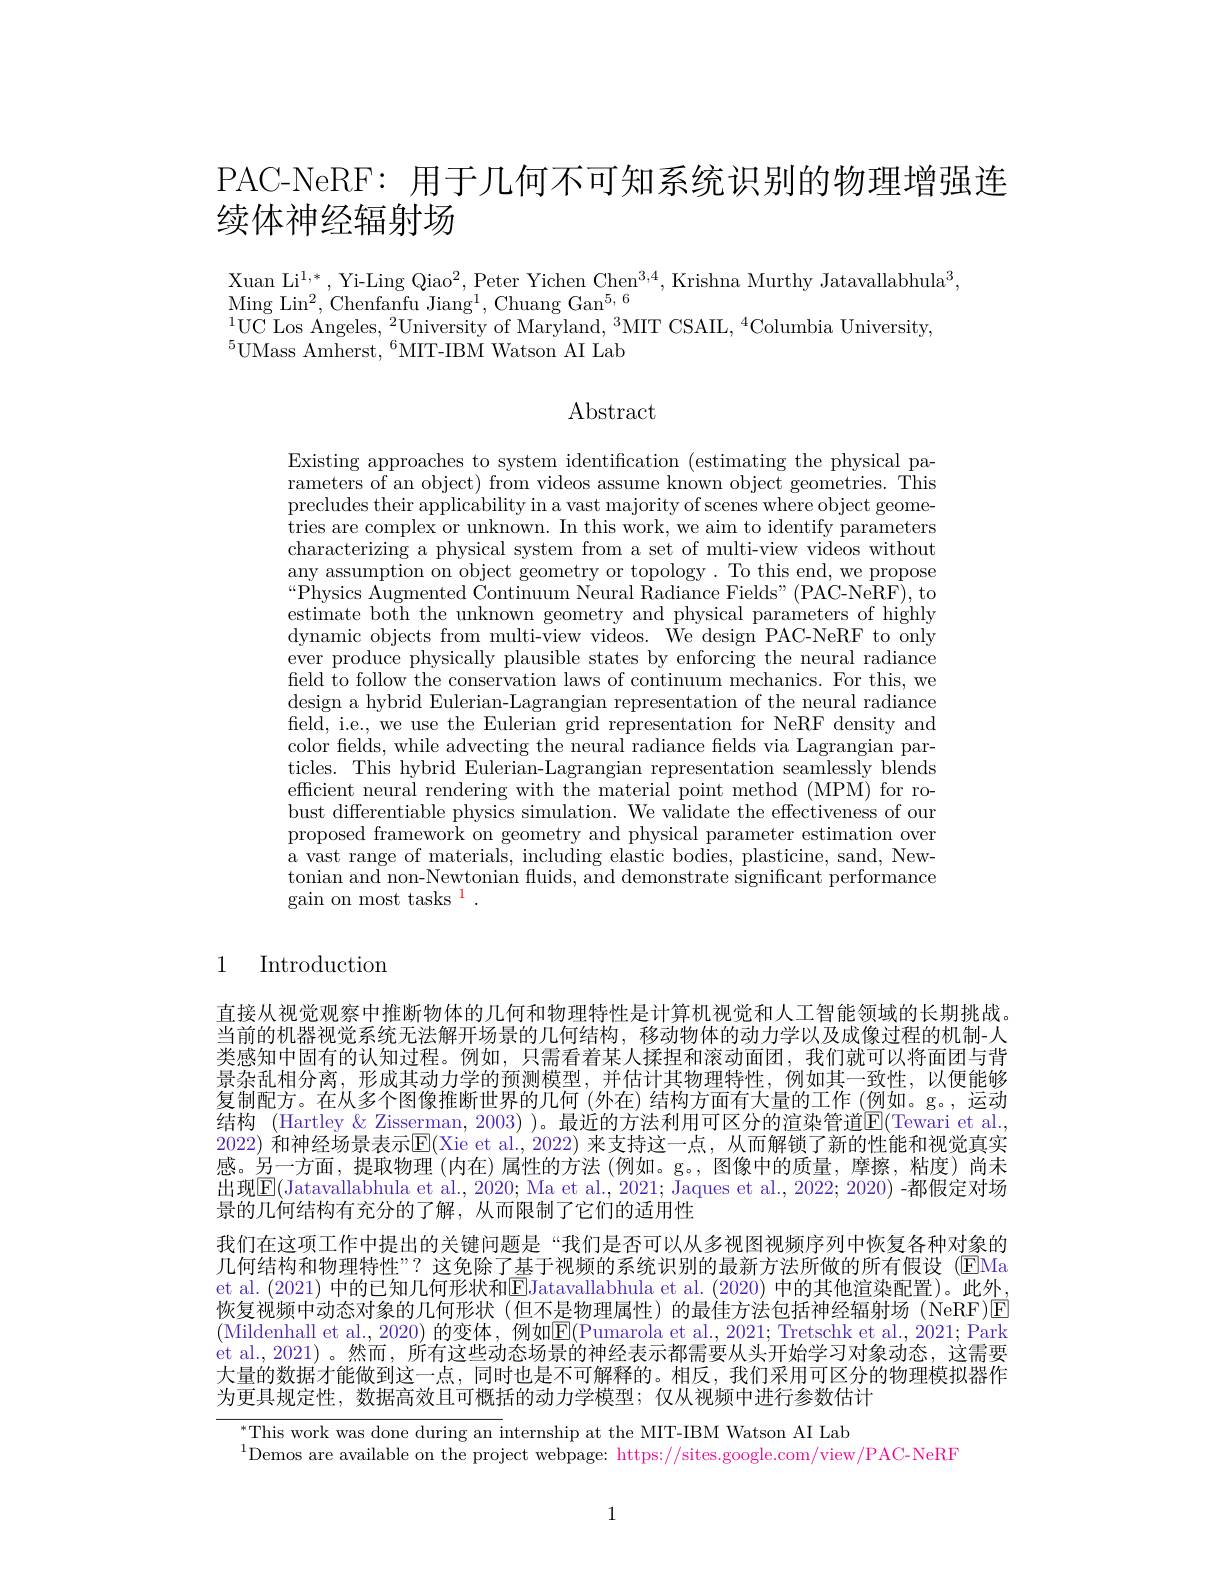
PAC-NeRF: 用于几何不可知系统识别的物理增强连
续体神经辐射场

Xuan Li$^1,*$, Yi-Ling Qiao$^2$, Peter Yichen Chen$^3,4$, Krishna Murthy Jatavallabhula$^3$,
$\operatorname{Ming}\operatorname{Lin^{2},~Chenfanfu~Jiang^{1},~Chuang~Gan^{5,6}}$
$^{1}$UC Los Angeles,$^2$University of Maryland,$^3$MIT CSAIL,$^4$Columbia University,
$^{5}$UMass Amherst,$^6$MIT-IBMWatson AI Lab

## $\operatorname{Abstract}$

Existing approaches to system identification (estimating the physical parameters of an object) from videos assume known object geometries. This precludes their applicability in a vast majority of scenes where object geometries are complex or unknown. In this work, we aim to identify parameters characterizing a physical system from a set of multi-view videos without any assumption on object geometry or topology. To this end, we propose “Physics Augmented Continuum Neural Radiance Fields"(PAC-NeRF), to estimate both the unknown geometry and physical parameters of highly dynamic objects from multi-view videos. We design PAC-NeRF to only ever produce physically plausible states by enforcing the neural radiance field to follow the conservation laws of continuum mechanics. For this, we design a hybrid Eulerian-Lagrangian representation of the neural radiance feld, i.e., we use the Eulerian grid representation for NeRF density and color felds, while advecting the neural radiance fields via Lagrangian particles. This hybrid Eulerian-Lagrangian representation seamlessly blends efficient neural rendering with the material point method (MPM) for robust differentiable physics simulation. We validate the effectiveness of our proposed framework on geometry and physical parameter estimation over a vast range of materials, including elastic bodies, plasticine, sand, Newtonian and non-Newtonian fuids, and demonstrate significant performance gain on most tasks $^1.$

1

Introduction

直接从视觉观察中推断物体的几何和物理特性是计算机视觉和人工智能领域的长期挑战。当前的机器视觉系统无法解开场景的几何结构，移动物体的动力学以及成像过程的机制-人类感知中固有的认知过程。例如，只需看着某人揉捏和滚动面团，我们就可以将面团与背景杂乱相分离，形成其动力学的预测模型，并估计其物理特性，例如其一致性，以便能够复制配方。在从多个图像推断世界的几何 (外在) 结构方面有大量的工作 (例如。g。,运动结构 (Hartley&Zisserman, 2003) )。最近的方法利用可区分的渲染管道$\boxed{\mathrm{E}}($Tewari et al. 2022) 和神经场景表示$\overline{\mathrm{E}}($Xie et al.,2022) 来支持这一点，从而解锁了新的性能和视觉真实感。另一方面，提取物理(内在)属性的方法(例如。g。,图像中的质量，摩擦，粘度)尚未出现$\boxed{\mathrm{E}}($Jatavallabhula et al., 2020; Ma et al., 2021; Jaques et al., 2022; 2020) -都假定对场景的几何结构有充分的了解，从而限制了它们的适用性
我们在这项工作中提出的关键问题是“我们是否可以从多视图视频序列中恢复各种对象的几何结构和物理特性”? 这免除了基于视频的系统识别的最新方法所做的所有假设 (EMa et al. (2021) 中的已知几何形状和$\overline\text{EJatavallabhula et al. (2020) 中的其他渲染配置)。此外，}$ 恢复视频中动态对象的几何形状(但不是物理属性)的最佳方法包括神经辐射场(NeRF)E (Mildenhall et al., 2020) 的变体，例如$\overline\mathbb{E}($Pumarola et al., 2021; Tretschk et al., 2021; Park et al., 2021) 。然而，所有这些动态场景的神经表示都需要从头开始学习对象动态，这需要大量的数据才能做到这一点，同时也是不可解释的。相反，我们采用可区分的物理模拟器作为更具规定性，数据高效且可概括的动力学模型；仅从视频中进行参数估计

$^{*}$This work was done during an internship at the MIT-IBM Watson AI Lab
$^{1}$Demos are available on the project webpage: https://sites.google.com/view/PAC-NeRF

1